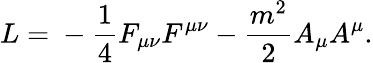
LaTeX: L=\mathrm{}-\frac{1}{4}F_{\mu\nu}F^{\mu\nu}-\frac{m^{2}}{2}A_{\mu}A^{\mu}.